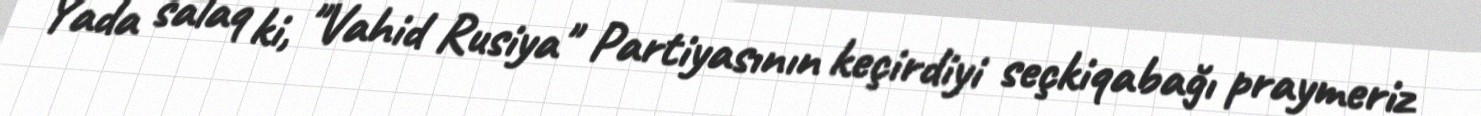
Yada salaq ki, "Vahid Rusiya" Partiyasının keçirdiyi seçkiqabağı praymeriz